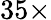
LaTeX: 35\times